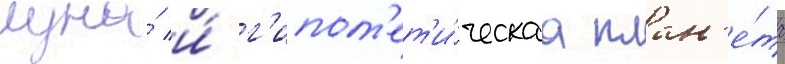
луна́ и́ г'ипот'ет'и́ческаа план'е́та